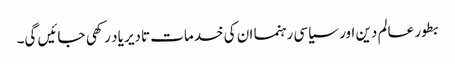
بطور عالم دین اور سیاسی رہنما ان کی خدمات تادیر یاد رکھی جائیں گی۔